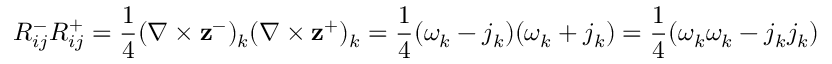
R _ { i j } ^ { - } R _ { i j } ^ { + } = \frac { 1 } { 4 } ( \nabla \times \mathbf { z } ^ { - } ) _ { k } ( \nabla \times \mathbf { z } ^ { + } ) _ { k } = \frac { 1 } { 4 } ( \omega _ { k } - j _ { k } ) ( \omega _ { k } + j _ { k } ) = \frac { 1 } { 4 } ( \omega _ { k } \omega _ { k } - j _ { k } j _ { k } )